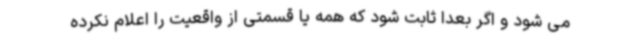
می شود و اگر بعدا ثابت شود که همه یا قسمتی از واقعیت را اعلام نکرده